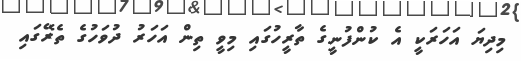
މިދިޔަ އަހަރަކީ އެ ކުންފުނީގެ ތާރީހުގައި މިވީ ތިން އަހަރު ދުވަހުގެ ތެރޭގައި